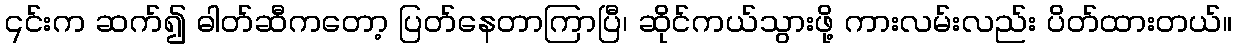
၎င်းက ဆက်၍ ဓါတ်ဆီကတော့ ပြတ်နေတာကြာပြီ၊ ဆိုင်ကယ်သွားဖို့ ကားလမ်းလည်း ပိတ်ထားတယ်။